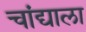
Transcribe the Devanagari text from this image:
चांद्याला